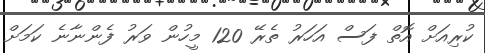
ކުރިއަށް އޮތް ފަސް އަހަރު ތެރޭ 120 މީހުން ވަރު ފެންނާނެ ކަމަށް